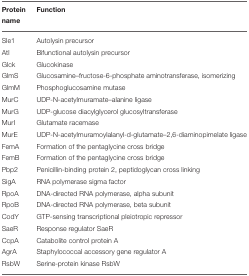
<table><thead><tr><td><b>Protein name</b></td><td><b>Function</b></td></tr></thead><tbody><tr><td>Sle1</td><td>Autolysin precursor</td></tr><tr><td>Atl</td><td>Bifunctional autolysin precursor</td></tr><tr><td>Glck</td><td>Glucokinase</td></tr><tr><td>GlmS</td><td>Glucosamine–fructose-6-phosphate aminotransferase, isomerizing</td></tr><tr><td>GlmM</td><td>Phosphoglucosamine mutase</td></tr><tr><td>MurC</td><td>UDP-N-acetylmuramate–alanine ligase</td></tr><tr><td>MurG</td><td>UDP-glucose diacylglycerol glucosyltransferase</td></tr><tr><td>MurI</td><td>Glutamate racemase</td></tr><tr><td>MurE</td><td>UDP-N-acetylmuramoylalanyl-d-glutamate–2,6-diaminopimelate ligase</td></tr><tr><td>FemA</td><td>Formation of the pentaglycine cross bridge</td></tr><tr><td>FemB</td><td>Formation of the pentaglycine cross bridge</td></tr><tr><td>Pbp2</td><td>Penicillin-binding protein 2, peptidoglycan cross linking</td></tr><tr><td>SigA</td><td>RNA polymerase sigma factor</td></tr><tr><td>RpoA</td><td>DNA-directed RNA polymerase, alpha subunit</td></tr><tr><td>RpoB</td><td>DNA-directed RNA polymerase, beta subunit</td></tr><tr><td>CodY</td><td>GTP-sensing transcriptional pleiotropic repressor</td></tr><tr><td>SaeR</td><td>Response regulator SaeR</td></tr><tr><td>CcpA</td><td>Catabolite control protein A</td></tr><tr><td>AgrA</td><td>Staphylococcal accessory gene regulator A</td></tr><tr><td>RsbW</td><td>Serine-protein kinase RsbW</td></tr></tbody></table>